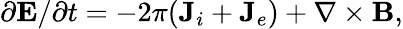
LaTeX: \partial\textbf{E}/\partial t=-2\pi(\textbf{J}_{i}+\textbf{J}_{e})+\nabla\times\textbf{B},